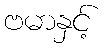
ဗမာနှင့်